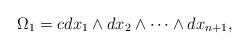
LaTeX: \begin{gather*}\Omega_1 = c dx_1\wedge dx_2 \wedge \cdots \wedge dx_{n+1},\end{gather*}